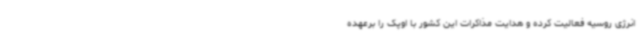
انرژی روسیه فعالیت کرده و هدایت مذاکرات این کشور با اوپک را برعهده